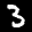
Label: 3